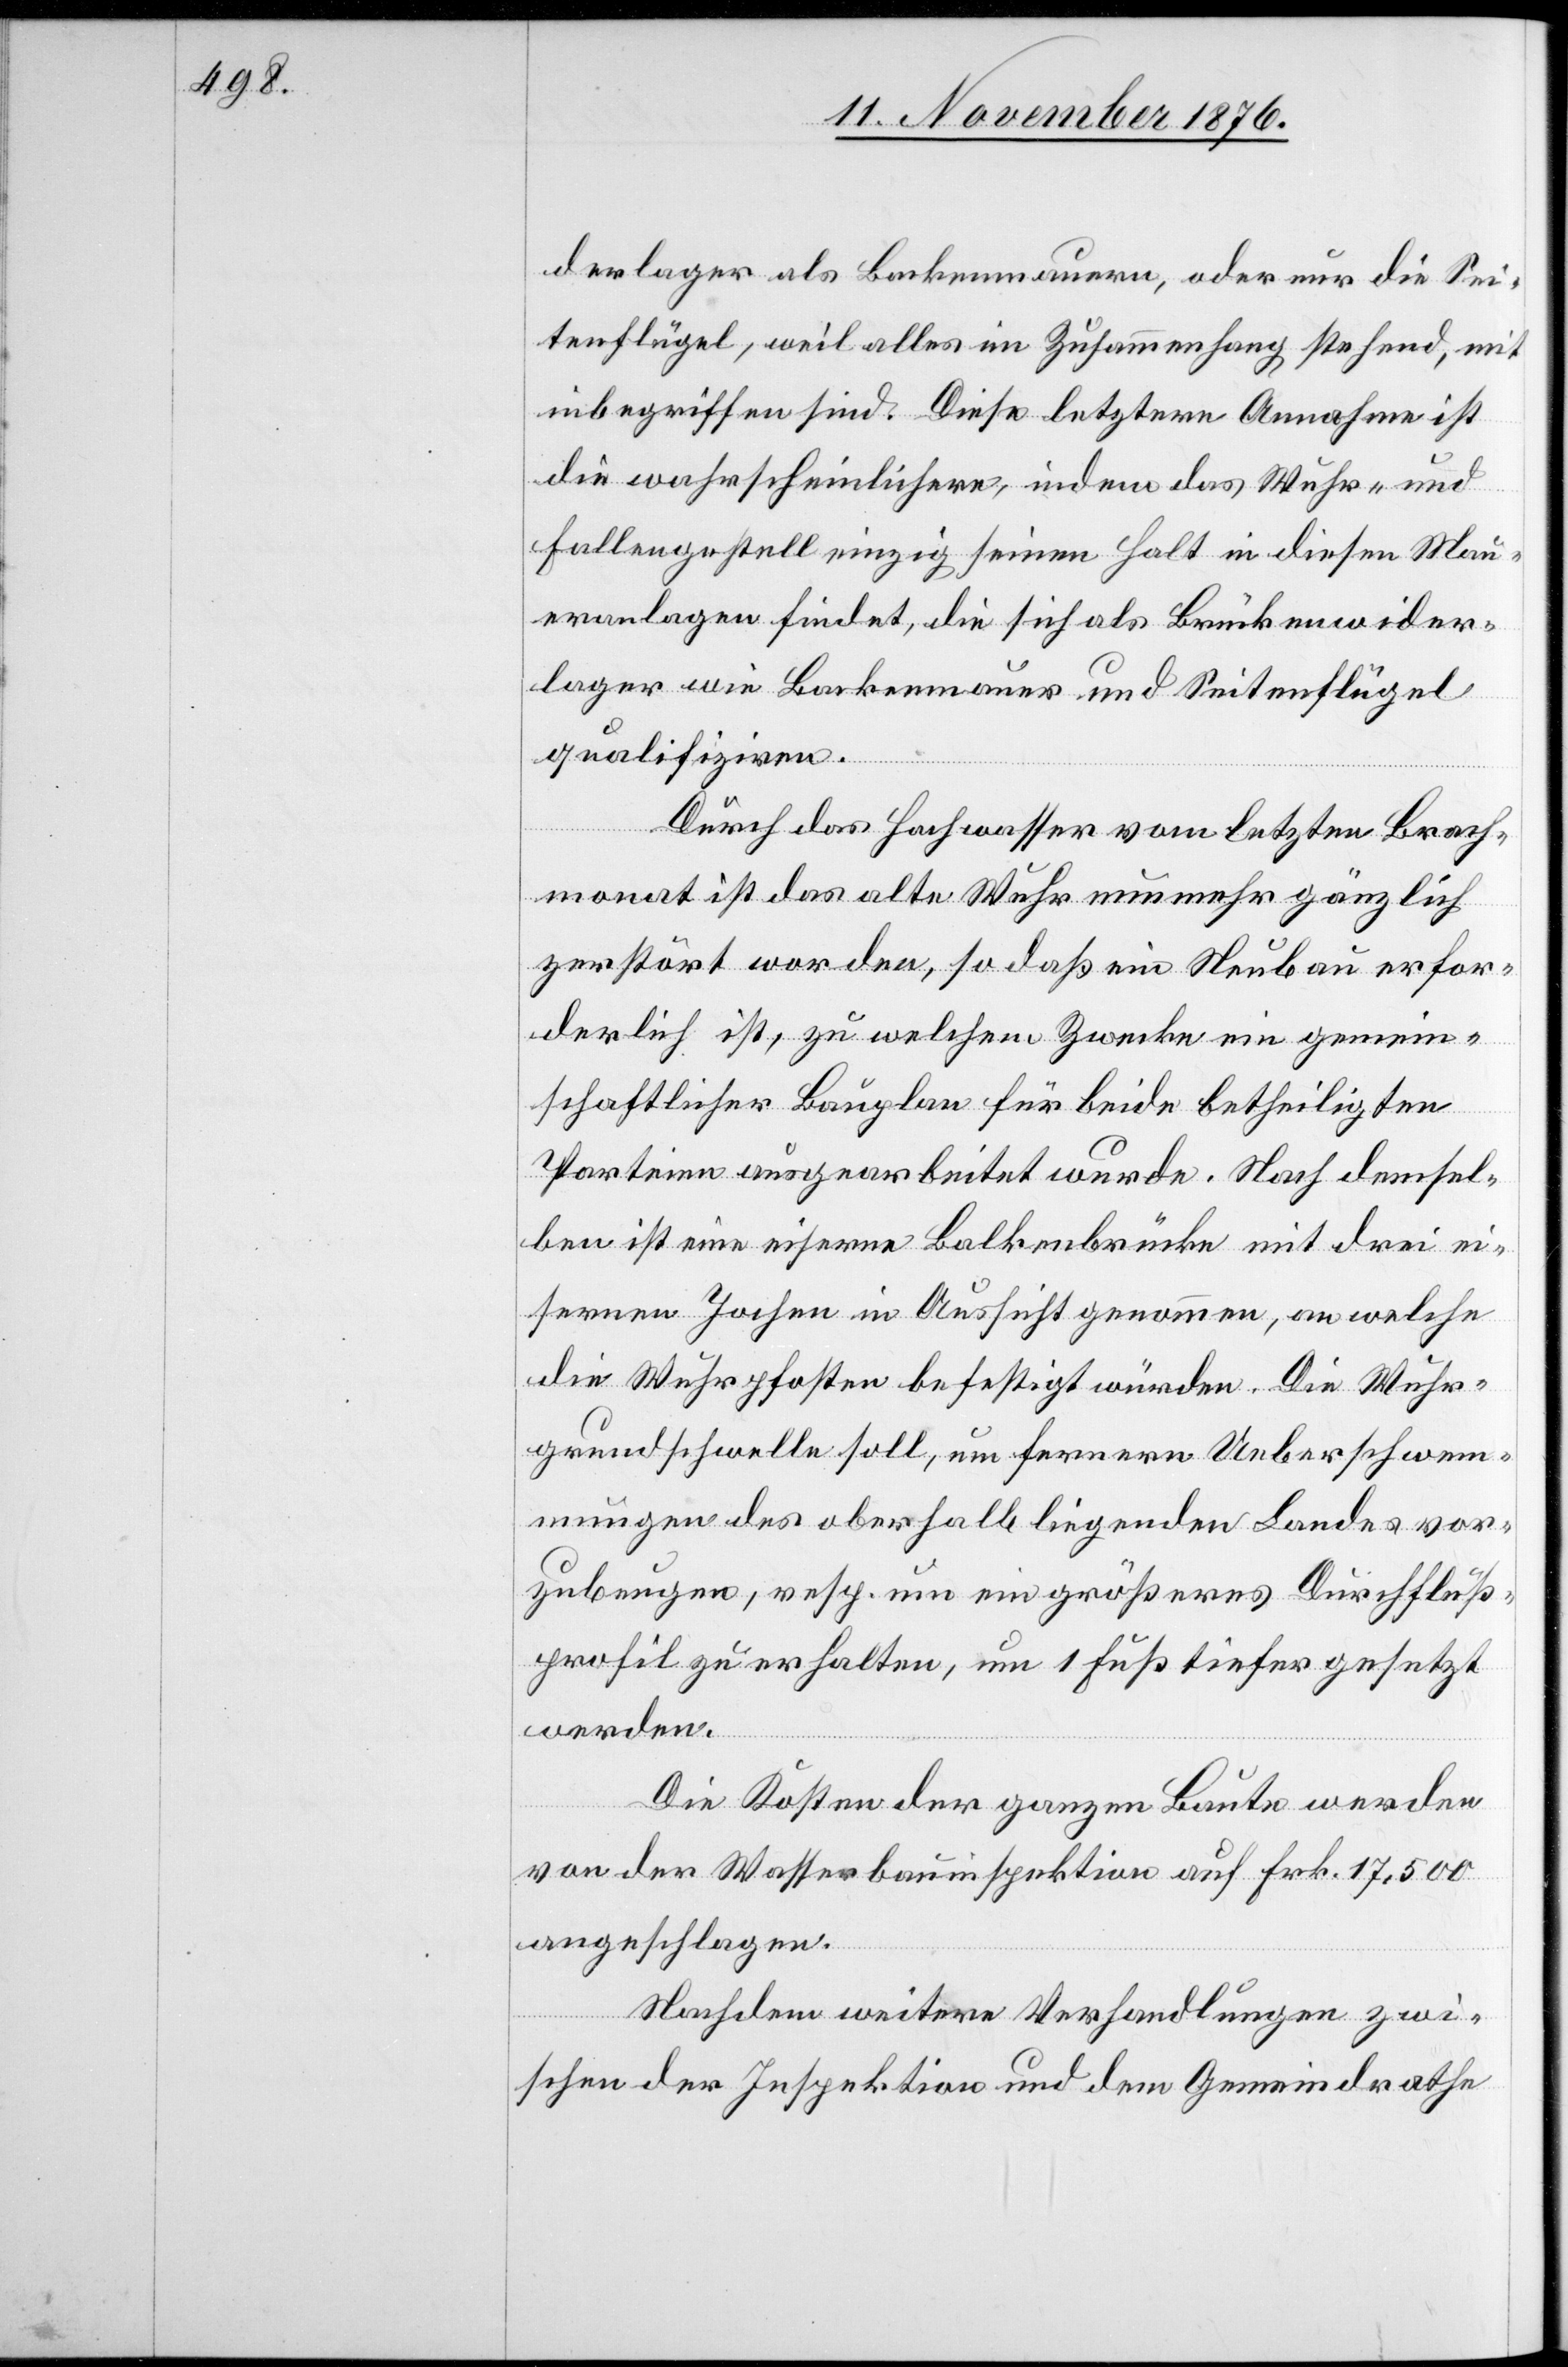
derlager als Backenmauern, oder nur die Sei¬
tenflügel, weil alles im Zusammenhang stehend, mit
inbegriffen sind. Diese letztere Annahme ist
die wahrscheinlichere, indem das Wuhr- und
Fallengestell einzig seinen Halt in diesen Mau¬
eranlagen findet, die sich als Brückenwider¬
lager wie Backenmauer und Seitenflügel
qualifiziren.
Durch das Hochwasser vom letzten Brach¬
monat ist das alte Wuhr nunmehr gänzlich
zerstört worden, so daß ein Neubau erfor¬
derlich ist, zu welchem Zwecke ein gemein¬
schaftlicher Bauplan für beide betheiligten
Parteien ausgearbeitet wurde. Nach demsel¬
ben ist eine eiserne Balkonbrücke mit drei ei¬
sernen Jochen in Aussicht genommen, an welche
die Wuhrpfosten befestigt würden. Die Wuhr¬
grundschwelle soll, um fernere Ueberschwem¬
mungen des oberhalb liegenden Landes vor¬
zubeugen, resp. um ein größeres Durchfluß¬
profil zu erhalten, um 1 Fuß tiefer gesetzt
werden.
Die Kosten der ganzen Baute werden
von der Wasserbauinspektion auf Frk. 17,500
angeschlagen.
Nachdem weitere Verhandlungen zwi¬
schen der Inspektion und dem Gemeindrathe